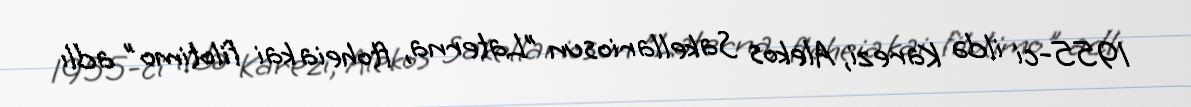
1955-ci ildə Karezi, Alekos Sakellariosun "Laterna, ftoheia kai filotimo" adlı